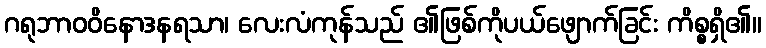
ဂရုဘာဝဝိနောဒနရသာ၊ လေးလံကုန်သည် ၏ဖြစ်ကိုပယ်ဖျောက်ခြင်း ကိစ္စရှိ၏။